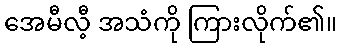
အေမီလီ့ အသံကို ကြားလိုက်၏။